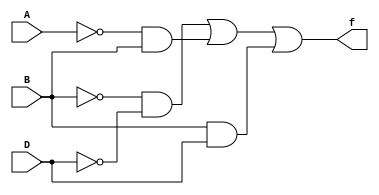
module q1(A,B,D,f);
input A, B, D;
output f;
not(nA, A);
not(nB, B);
not(nD, D);
and(f1, nB, nD);
and(f2, nA, B);
and(f3, B, D);
or(f, f1, f2, f3);
endmodule